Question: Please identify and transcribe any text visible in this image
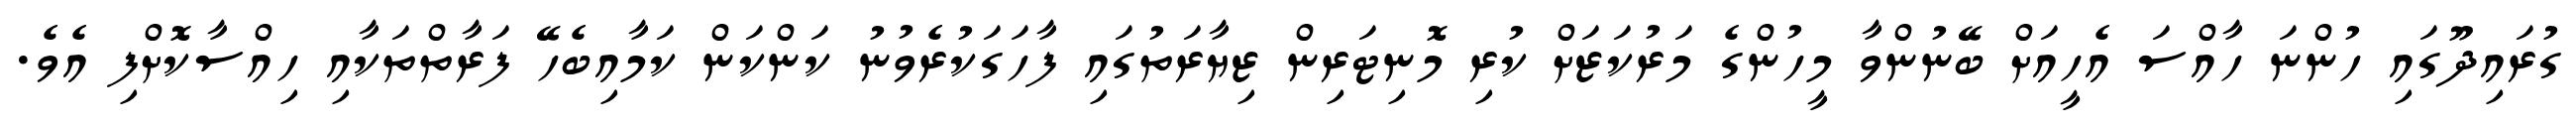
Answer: ގުރައިދޫގައި ހުންނަ ހާއްސަ އެހީއަށް ބޭނުންވާ މީހުންގެ މަރުކަޒަށް ކުރި މޮނިޓަރިން ޒިޔާރަތުގައި ފާހަގަކުރެވުނު ކަންކަން ކަމާއިބެހޭ ފަރާތްތަކާއި ހިއްސާކޮށްފި އެވެ.